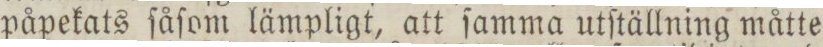
påpekats ſåſom lämpligt, att ſamma utſtällning måtte